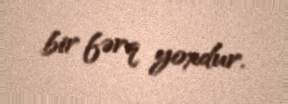
bir fərq yoxdur.